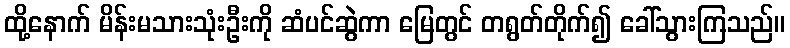
ထို့နောက် မိန်းမသားသုံးဦးကို ဆံပင်ဆွဲကာ မြေတွင် တရွတ်တိုက်၍ ခေါ်သွားကြသည်။